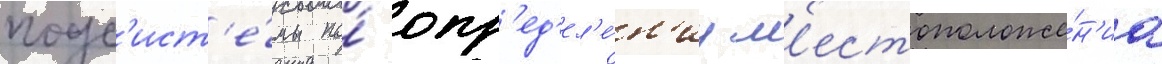
подс'ист'е́мы по́ опр'ед'ел'е́н'иу м'естоположе́н'иа